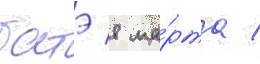
батэ 8 ма́рта /